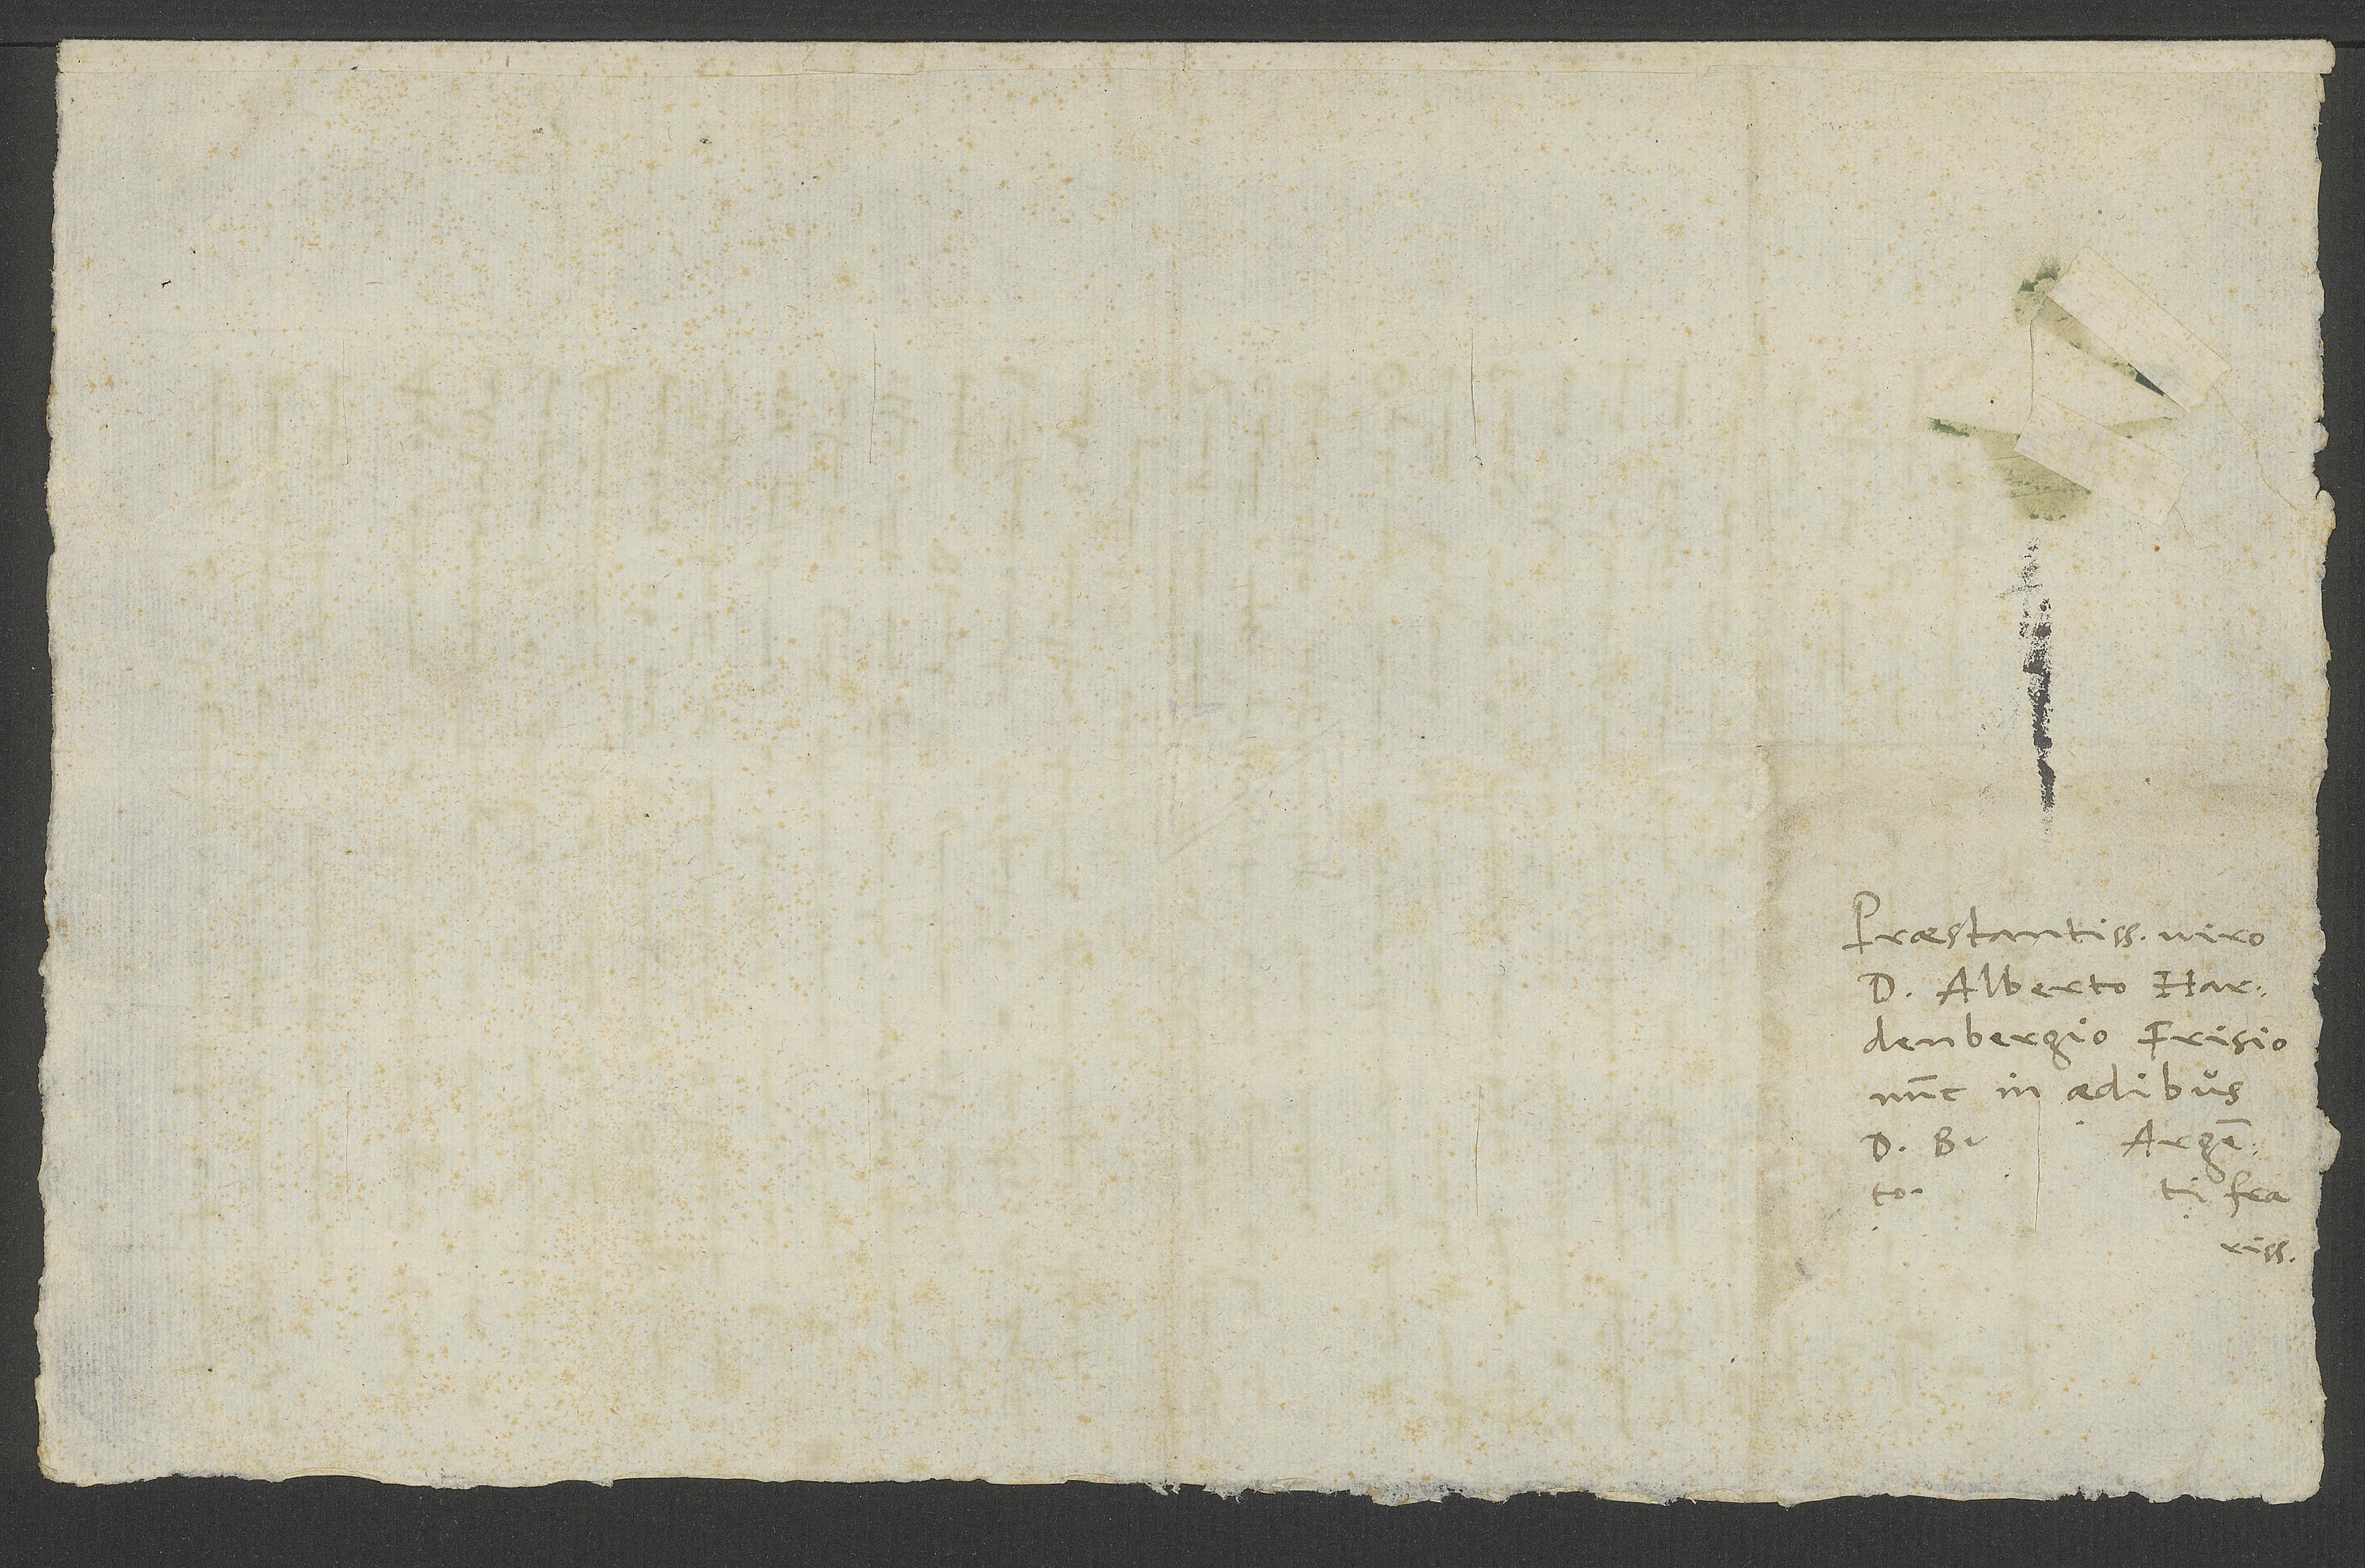
Praestantissimo viro
d. Alberto Hardenbergio
nunc in aedibus